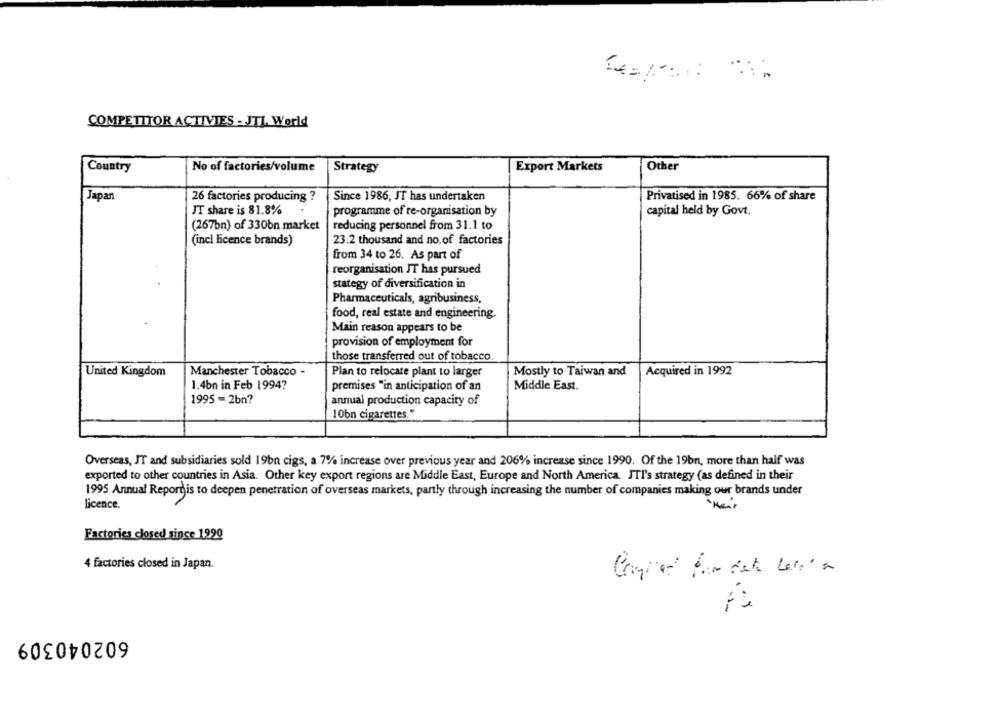
COMPETITOR ACTIVIES - JTI World
Country
No of factories/volume
Strategy
Export Markets
Other
Japan
26 factories producing ?
Since 1986, JT has undertaken
Privatised in 1985. 66% of share
JT share is 81.8%
programme of re-organisation by
capital held by Govt.
(267bn) of 330bn market
reducing personnel from 31.1 to
(incl licence brands)
23.2 thousand and no.of factories
from 34 to 26. As part of
reorganisation JT has pursued
stategy of diversification in
Pharmaceuticals, agribusiness,
food, real estate and engineering.
Main reason appears to be
provision of employment for
those transferred out of tobacco
United Kingdom
Manchester Tobacco -
Plan to relocate plant to larger
Mostly to Taiwan and
Acquired in 1992
1.4bn in Feb 1994?
premises "in anticipation of an
Middle East.
1995 -2bn?
annual production capacity of
10bn cigarettes."
Overseas, JT and subsidiaries sold 19bn cigs, a 7% increase over previous year and 206% increase since 1990. Of the 19bn, more than half was
exported to other countries in Asia. Other key export regions are Middle East, Europe and North America. JTI's strategy (as defined in their
1995 Annual Report is to deepen penetration of overseas markets, partly through increasing the number of companies making our brands under
licence.
Factories closed since 1990
4 factories closed in Japan.
602040309